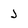
Character: J